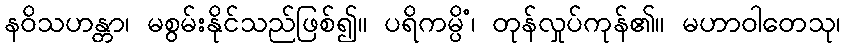
နဝိသဟန္တာ၊ မစွမ်းနိုင်သည်ဖြစ်၍။ ပရိကမ္ပိံ၊ တုန်လှုပ်ကုန်၏။ မဟာဝါတေသု၊